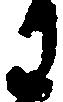
わ